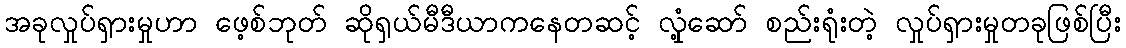
အခုလှုပ်ရှားမှုဟာ ဖေ့စ်ဘုတ် ဆိုရှယ်မီဒီယာကနေတဆင့် လှုံ့ဆော် စည်းရုံးတဲ့ လှုပ်ရှားမှုတခုဖြစ်ပြီး